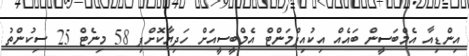
އިންޑިއާ އެމްބަސީން ބައެއް އިކުއިޕްމަންޓް އެމްބީސީއަށް ހަދިޔާކޮށްފި 58 މިނެޓް 25 ސިކުންތު